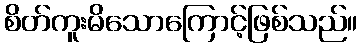
စိတ်ကူးမိသောကြောင့်ဖြစ်သည်။